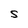
Character: S